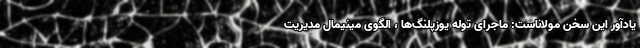
یادآور این سخن مولاناست: ماجرای توله یوزپلنگ‌ها ، الگوی مینیمال مدیریت